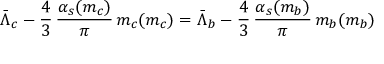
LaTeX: \bar { \Lambda } _ { c } - \frac { 4 } { 3 } \, \frac { \alpha _ { s } ( m _ { c } ) } { \pi } \, m _ { c } ( m _ { c } ) = \bar { \Lambda } _ { b } - \frac { 4 } { 3 } \, \frac { \alpha _ { s } ( m _ { b } ) } { \pi } \, m _ { b } ( m _ { b } )